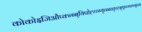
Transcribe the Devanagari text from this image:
कोकोइजिऔप्क्न्ब्ब्यिपोह्य्य्ग्य्व्ब्ब्व्त्च्व्त्र्फ्च्ग्फ्व्ग्व्ग